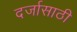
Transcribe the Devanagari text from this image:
दर्जासाठी